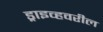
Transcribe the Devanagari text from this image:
ड्राइव्हवरील